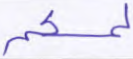
لمسكم